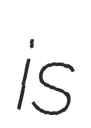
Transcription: is